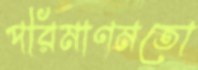
পরিমাণমতো